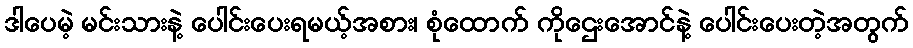
ဒါပေမဲ့ မင်းသားနဲ့ ပေါင်းပေးရမယ့်အစား၊ စုံထောက် ကိုဌေးအောင်နဲ့ ပေါင်းပေးတဲ့အတွက်